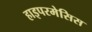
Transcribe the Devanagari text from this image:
हाइपरमेसिस